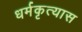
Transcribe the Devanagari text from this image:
धर्मकृत्यास